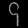
Digit: ၄